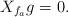
LaTeX: \begin{align*}X_{f_{a}}g=0.\end{align*}